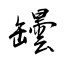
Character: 罎